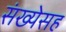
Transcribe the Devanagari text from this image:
संख्येसह